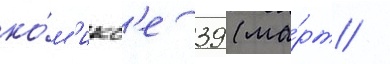
ко́м'икс'е 39 (ма́рт /